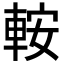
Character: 𨋴